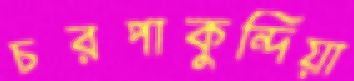
চরপাকুন্দিয়া